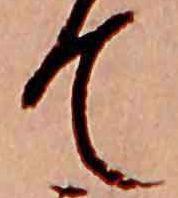
て